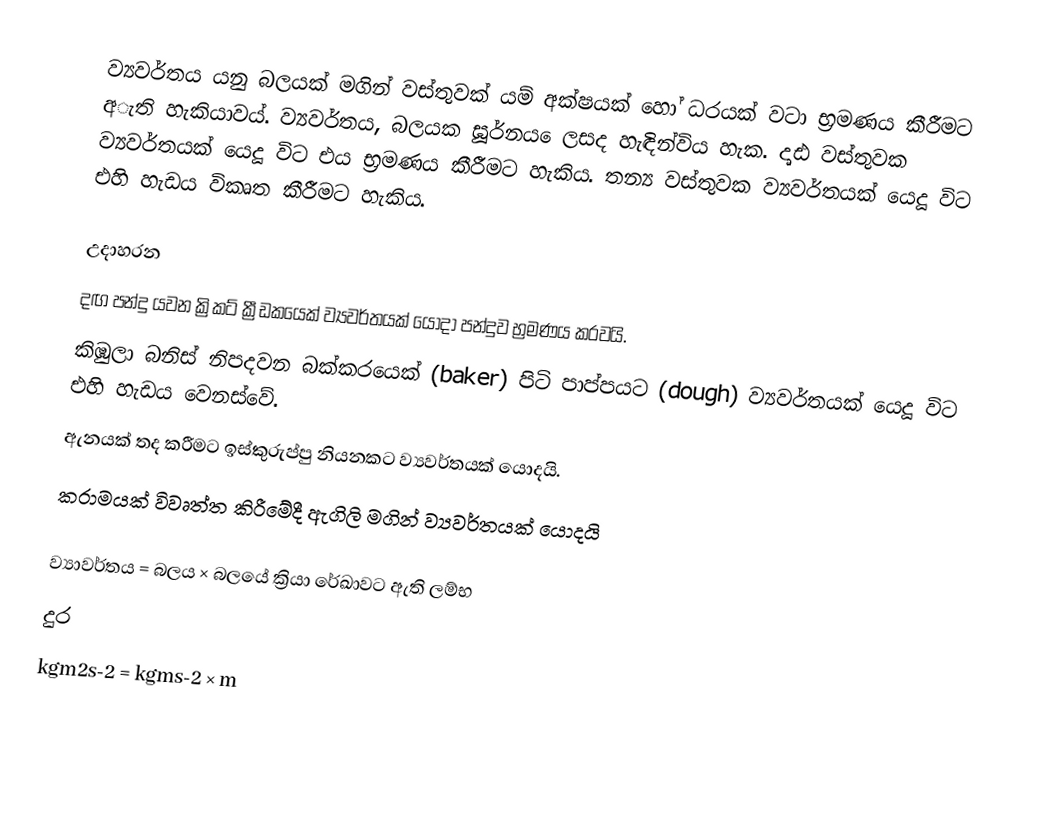
ව්‍යවර්තය යනු බලයක්‌ මගින්‌ වස්‌තුවක්‌ යම්‌ අක්ෂයක්‌ හෝ ධරයක්‌ වටා භ්‍රමණය කීරීමට අැති හැකියාවය්‌. ව්‍යවර්තය, බලයක ඝූර්‌නය ෙලසද හැඳින්‌විය හැක. දෘඪ වස්‌තුවක ව්‍යවර්තයක්‌ යෙදූ විට එය භ්‍රමණය කීරීමට හැකිය. තන්‍ය වස්‌තුවක ව්‍යවර්තයක්‌ යෙදූ විට එහි හැඩය විකෘත කීරීමට හැකිය.

උදාහරන
 දඟ පන්‌දු යවන ක්‍රිකට් ක්‍රීඩකයෙක් ව්‍යවර්තයක්‌ යොදා පන්‌දුව භ්‍රමණය කරවයි.
 කිඹුලා බනිස්‌ නිපදවන බක්කරයෙක්‌ (baker) පිටි පාප්පයට (dough) ව්‍යවර්තයක්‌ යෙදූ විට එහි හැඩය වෙනස්‌වේ.
ඇනයක්‌ තද කරීමට ඉස්කුරුප්පු නියනකට ව්‍යවර්තයක්‌ යොදයි.
කරාමයක් විවෘත්ත කිරීමේදී ඇගිලි මගින් ව්‍යවර්තයක්‌ යොදයි

ව්‍යාවර්තය = බලය × බලයේ ක්‍රියා රේඛාවට ඇති ලම්භ
                                        දුර
kgm2s-2      =  kgms-2   ×    m